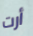
أرت